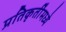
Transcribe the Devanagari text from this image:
प्रतिकृतींमध्ये